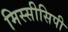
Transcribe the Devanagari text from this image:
मिस्सीसिपी